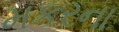
મકરના